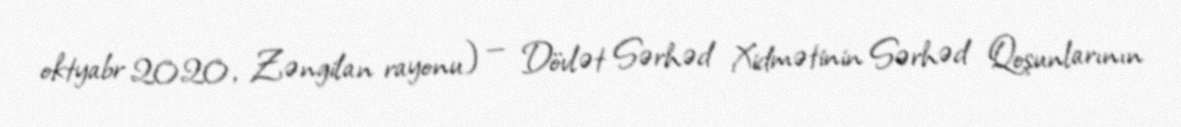
oktyabr 2020, Zəngilan rayonu) — Dövlət Sərhəd Xidmətinin Sərhəd Qoşunlarının